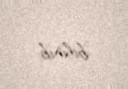
bilinib.